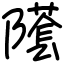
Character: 𨼲